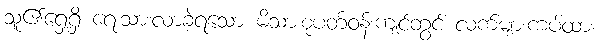
သူ၏ရှေ့ရှိ ရေးသားလာခဲ့ရသော မိသားစုပတ်ဝန်းကျင်တွင် လက်များကပ်ထား